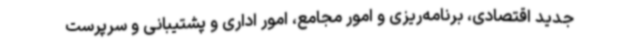
جدید اقتصادی، برنامه‌ریزی و امور مجامع، امور اداری و پشتیبانی و سرپرست